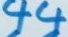
44